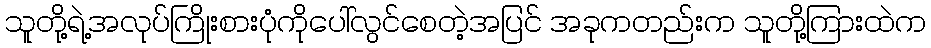
သူတို့ရဲ့အလုပ်ကြိုးစားပုံကိုပေါ်လွင်စေတဲ့အပြင် အခုကတည်းက သူတို့ကြားထဲက